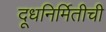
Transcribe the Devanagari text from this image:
दूधनिर्मितीची